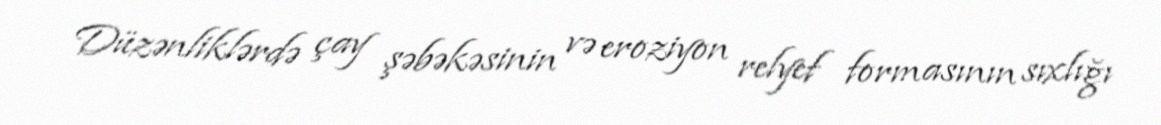
Düzənliklərdə çay şəbəkəsinin və eroziyon relyef formasının sıxlığı